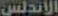
الأندلس